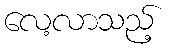
လေ့လာသည့်